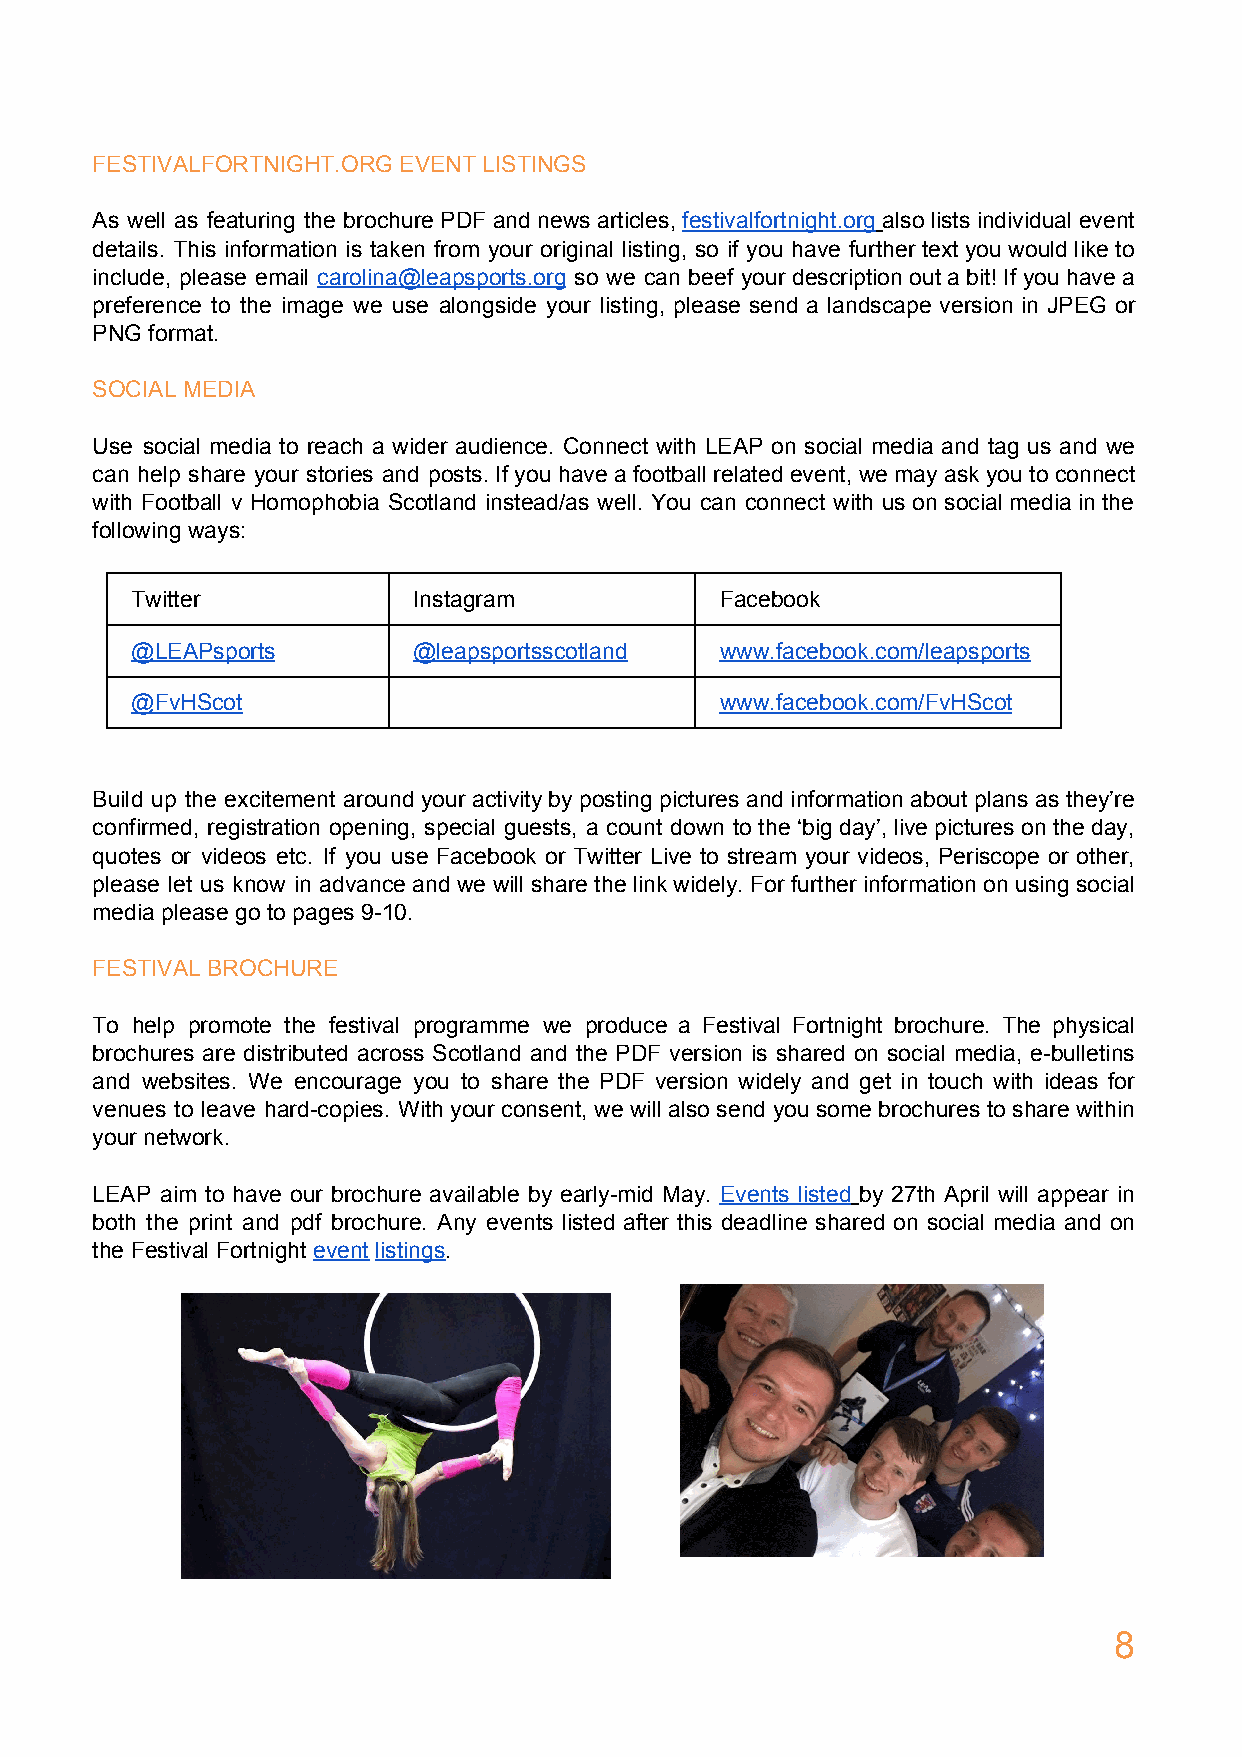
FESTIVALFORTNIGHT.ORG EVENT LISTINGS
 As well as featuring the brochure PDF and news articles, festivalfortnight.org also lists individual event
 ​​           ​
 details. This information is taken from your original listing, so if you have further text you would like to
 include, please email carolina@leapsports.org so we can beef your description out a bit! If you have a
 ​
 preference to the image we use alongside your listing, please send a landscape version in JPEG or
 PNG format.
 SOCIAL MEDIA
 Use social media to reach a wider audience. Connect with LEAP on social media and tag us and we
 can help share your stories and posts. If you have a football related event, we may ask you to connect
 with Football v Homophobia Scotland instead/as well. You can connect with us on social media in the
 following ways:
 Twitter           Instagram            Facebook
 @LEAPsports       @leapsportsscotland  www.facebook.com/leapsports
 @FvHScot                               www.facebook.com/FvHScot
 Build up the excitement around your activity by posting pictures and information about plans as they’re
 confirmed, registration opening, special guests, a count down to the ‘big day’, live pictures on the day,
 quotes or videos etc. If you use Facebook or Twitter Live to stream your videos, Periscope or other,
 please let us know in advance and we will share the link widely. For further information on using social
 media please go to pages 9-10.
 FESTIVAL BROCHURE
 To help promote the festival programme we produce a Festival Fortnight brochure. The physical
 brochures are distributed across Scotland and the PDF version is shared on social media, e-bulletins
 and websites. We encourage you to share the PDF version widely and get in touch with ideas for
 venues to leave hard-copies. With your consent, we will also send you some brochures to share within
 your network.
 LEAP aim to have our brochure available by early-mid May. Events listed by 27th April will appear in
 ​​       ​
 both the print and pdf brochure. Any events listed after this deadline shared on social media and on
 the Festival Fortnight event listings.
 ​​ ​ ​  ​
 8